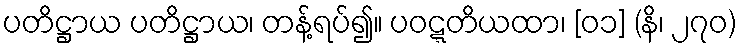
ပတိဋ္ဌာယ ပတိဋ္ဌာယ၊ တန့်ရပ်၍။ ပဝဋ္ဋတိယထာ၊ [၀၁] (နိ၊ ၂၇၀)